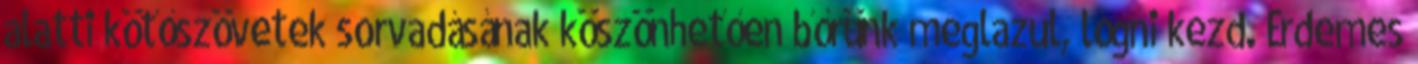
alatti kötőszövetek sorvadásának köszönhetően bőrünk meglazul, lógni kezd. Érdemes